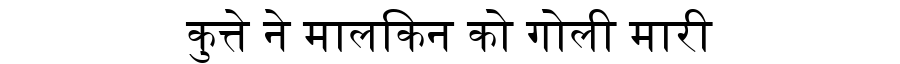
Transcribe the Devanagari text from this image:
कुत्ते ने मालकिन को गोली मारी